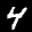
Label: 4